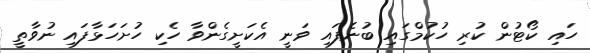
ހައި ކޯޓުން ކުރި ހުކުމްގައި ބުނެފައި ވަނީ އެކަށީގެންވާ ހެކި ހުށަހަޅާފައި ނުވާތީ